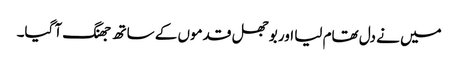
میں نے دل تھام لیا اور بوجھل قدموں کے ساتھ جھنگ آ گیا۔